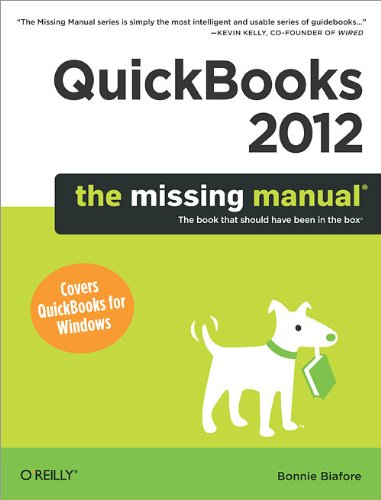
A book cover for QuickBooks 2012: The Missing Manual; Bonnie Biafore; Computers & Technology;